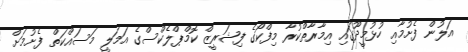
އަލުން ފެށުމާއި ހުޅުމީދޫގައި އިމާރާތްކުރާ މިފްކޯގެ ފިޝަރީޒް ކޮމްޕްލެކްސްގެ އަމަލީ މަސައްކަތް ފެށުމަށް